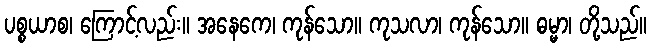
ပစ္စယာစ၊ ကြောင့်လည်း။ အနေကေ၊ ကုန်သော။ ကုသလာ၊ ကုန်သော။ ဓမ္မာ၊ တို့သည်။